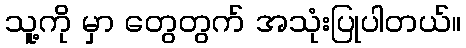
သူ့ကို မှာ တွေတွက် အသုံးပြုပါတယ်။